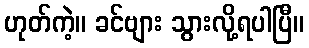
ဟုတ်ကဲ့။ ခင်ဗျား သွားလို့ရပါပြီ။